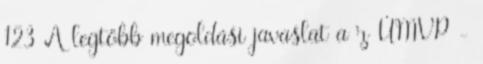
123 A legtöbb megoldási javaslat a z ÚMVP -